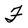
Character: F